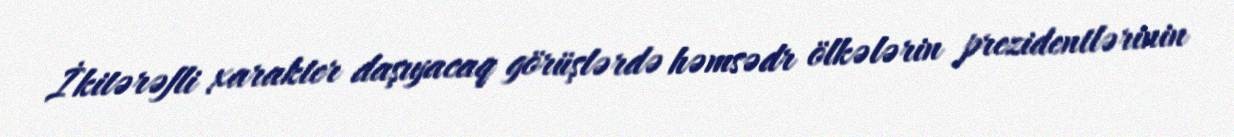
İkitərəfli xarakter daşıyacaq görüşlərdə həmsədr ölkələrin prezidentlərinin